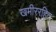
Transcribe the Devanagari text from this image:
खमीररहित